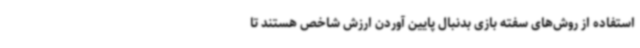
استفاده از روش‌های سفته بازی بدنبال پایین آوردن ارزش شاخص هستند تا